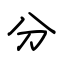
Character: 分